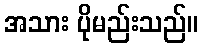
အသား ပိုမည်းသည်။